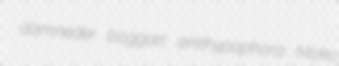
damneder boggart antihypophora Moko